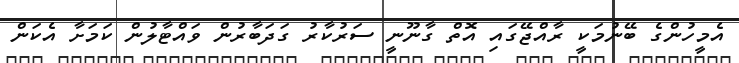
އެމީހުންގެ ބޭނުމަކީ ރާއްޖޭގައި އޮތް ގާނޫނީ ސަރުކާރު ގަދަބާރުން ވައްޓާލުން ކަމަށާ އެކަން